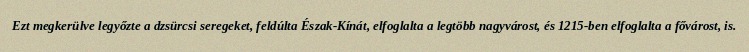
Ezt megkerülve legyőzte a dzsürcsi seregeket, feldúlta Észak-Kínát, elfoglalta a legtöbb nagyvárost, és 1215-ben elfoglalta a fővárost, is.